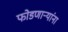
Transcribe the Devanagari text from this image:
फोडणाऱ्यांना